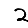
Digit: 2